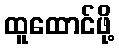
ထူထောင်ဖို့